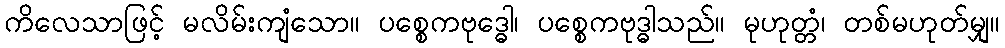
ကိလေသာဖြင့် မလိမ်းကျံသော။ ပစ္စေကဗုဒ္ဓေါ၊ ပစ္စေကဗုဒ္ဓါသည်။ မုဟုတ္တံ၊ တစ်မဟုတ်မျှ။